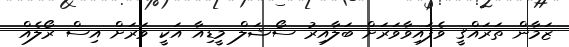
ޒަމާން ތަރައްޤީ ވެފައިވާވަރަށް ބަލާއިރު ސޯޝަލް މީޑިއާ އަކީ ވަރަށް އިސް ރޯލެއް